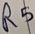
Text: R5